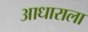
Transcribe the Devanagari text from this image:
आधाराला